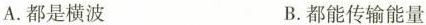
A.都是横波 B.都能传输能量